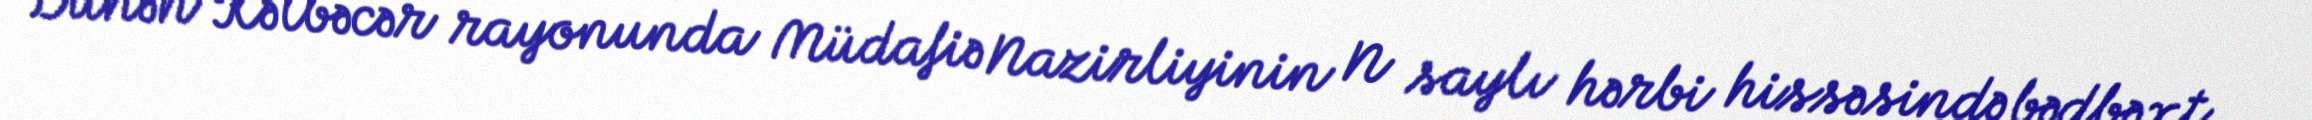
Dünən Kəlbəcər rayonunda Müdafiə Nazirliyinin N saylı hərbi hissəsində bədbəxt